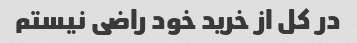
در کل از خرید خود راضی نیستم